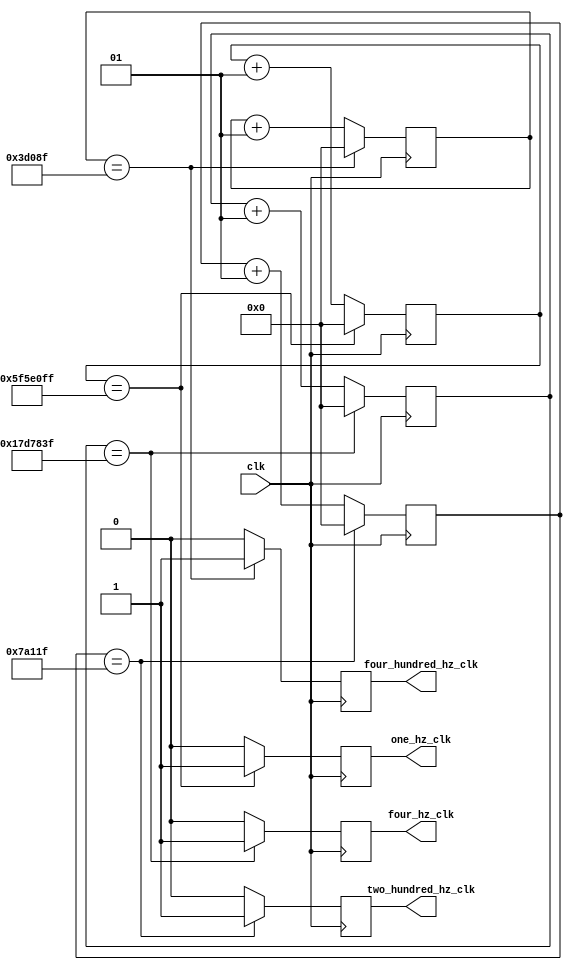
`timescale 1ns / 1ps

module clock_div(
    input clk,
    output reg four_hz_clk,
    output reg one_hz_clk,
    output reg four_hundred_hz_clk,
    output reg two_hundred_hz_clk
);

integer four_hz_cnt, one_hz_cnt, four_hundred_hz_cnt, two_hundred_hz_cnt;

// clk is 100 MHz or 100,000,000
always @ (posedge clk) begin
    four_hz_cnt <= four_hz_cnt + 1;
    one_hz_cnt <= one_hz_cnt + 1;
    four_hundred_hz_cnt <= four_hundred_hz_cnt + 1;
    two_hundred_hz_cnt <= two_hundred_hz_cnt + 1;  // for minute/second blinking


    // Manage 2 Hz clk
    if (four_hz_cnt == 25000000 - 1) begin
        four_hz_clk <= 1;
        four_hz_cnt <= 0;
    end
    else begin
        four_hz_clk <= 0;
    end

    // Manage 1 Hz clk
    if (one_hz_cnt == 100000000 - 1) begin
        one_hz_clk <= 1;
        one_hz_cnt <= 0;
    end
    else begin
        one_hz_clk <= 0;
    end

    // Manage 400 Hz clk
    if (four_hundred_hz_cnt == 250000 - 1) begin
        four_hundred_hz_clk <= 1;
        four_hundred_hz_cnt <= 0;
    end
    else begin
        four_hundred_hz_clk <= 0;
    end

    // Manage 200 Hz clk
    if (two_hundred_hz_cnt == 500000 - 1) begin
        two_hundred_hz_clk <= 1;
        two_hundred_hz_cnt <= 0;
    end
    else begin
        two_hundred_hz_clk <= 0;
    end
 end

endmodule